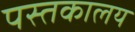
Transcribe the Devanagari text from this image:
पस्तकालय